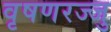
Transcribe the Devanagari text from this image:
वृषणरज्जु